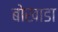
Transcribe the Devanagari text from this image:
बोखाडा